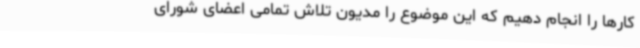
کارها را انجام دهیم که این موضوع را مدیون تلاش تمامی اعضای شورای